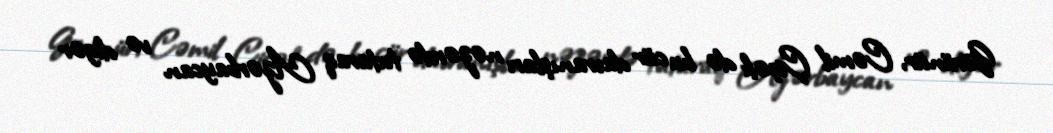
Görünür, Cəmil Çiçək də bu cür davranışları nəzərdə tutaraq Azərbaycan və digər